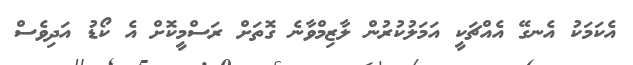
އެކަމަކު އެނގޭ އެއްޗަކީ އަމަލުކުރުން ލާޒިމްވާނެ ގޮތަށް ރަސްމީކޮށް އެ ކޯޑު އަދިވެސް